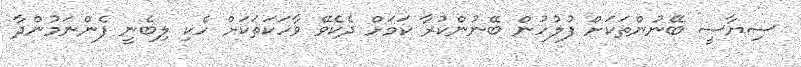
ސިޔާސީ ބޭނުންތަކަށް ފުލުހުން ބޭނުންކުރާ ކަމަށް ދެކެވޭ ވާހަކަތަކަށް ހެކި ލިބެނީ ފެންނަމުންދާ